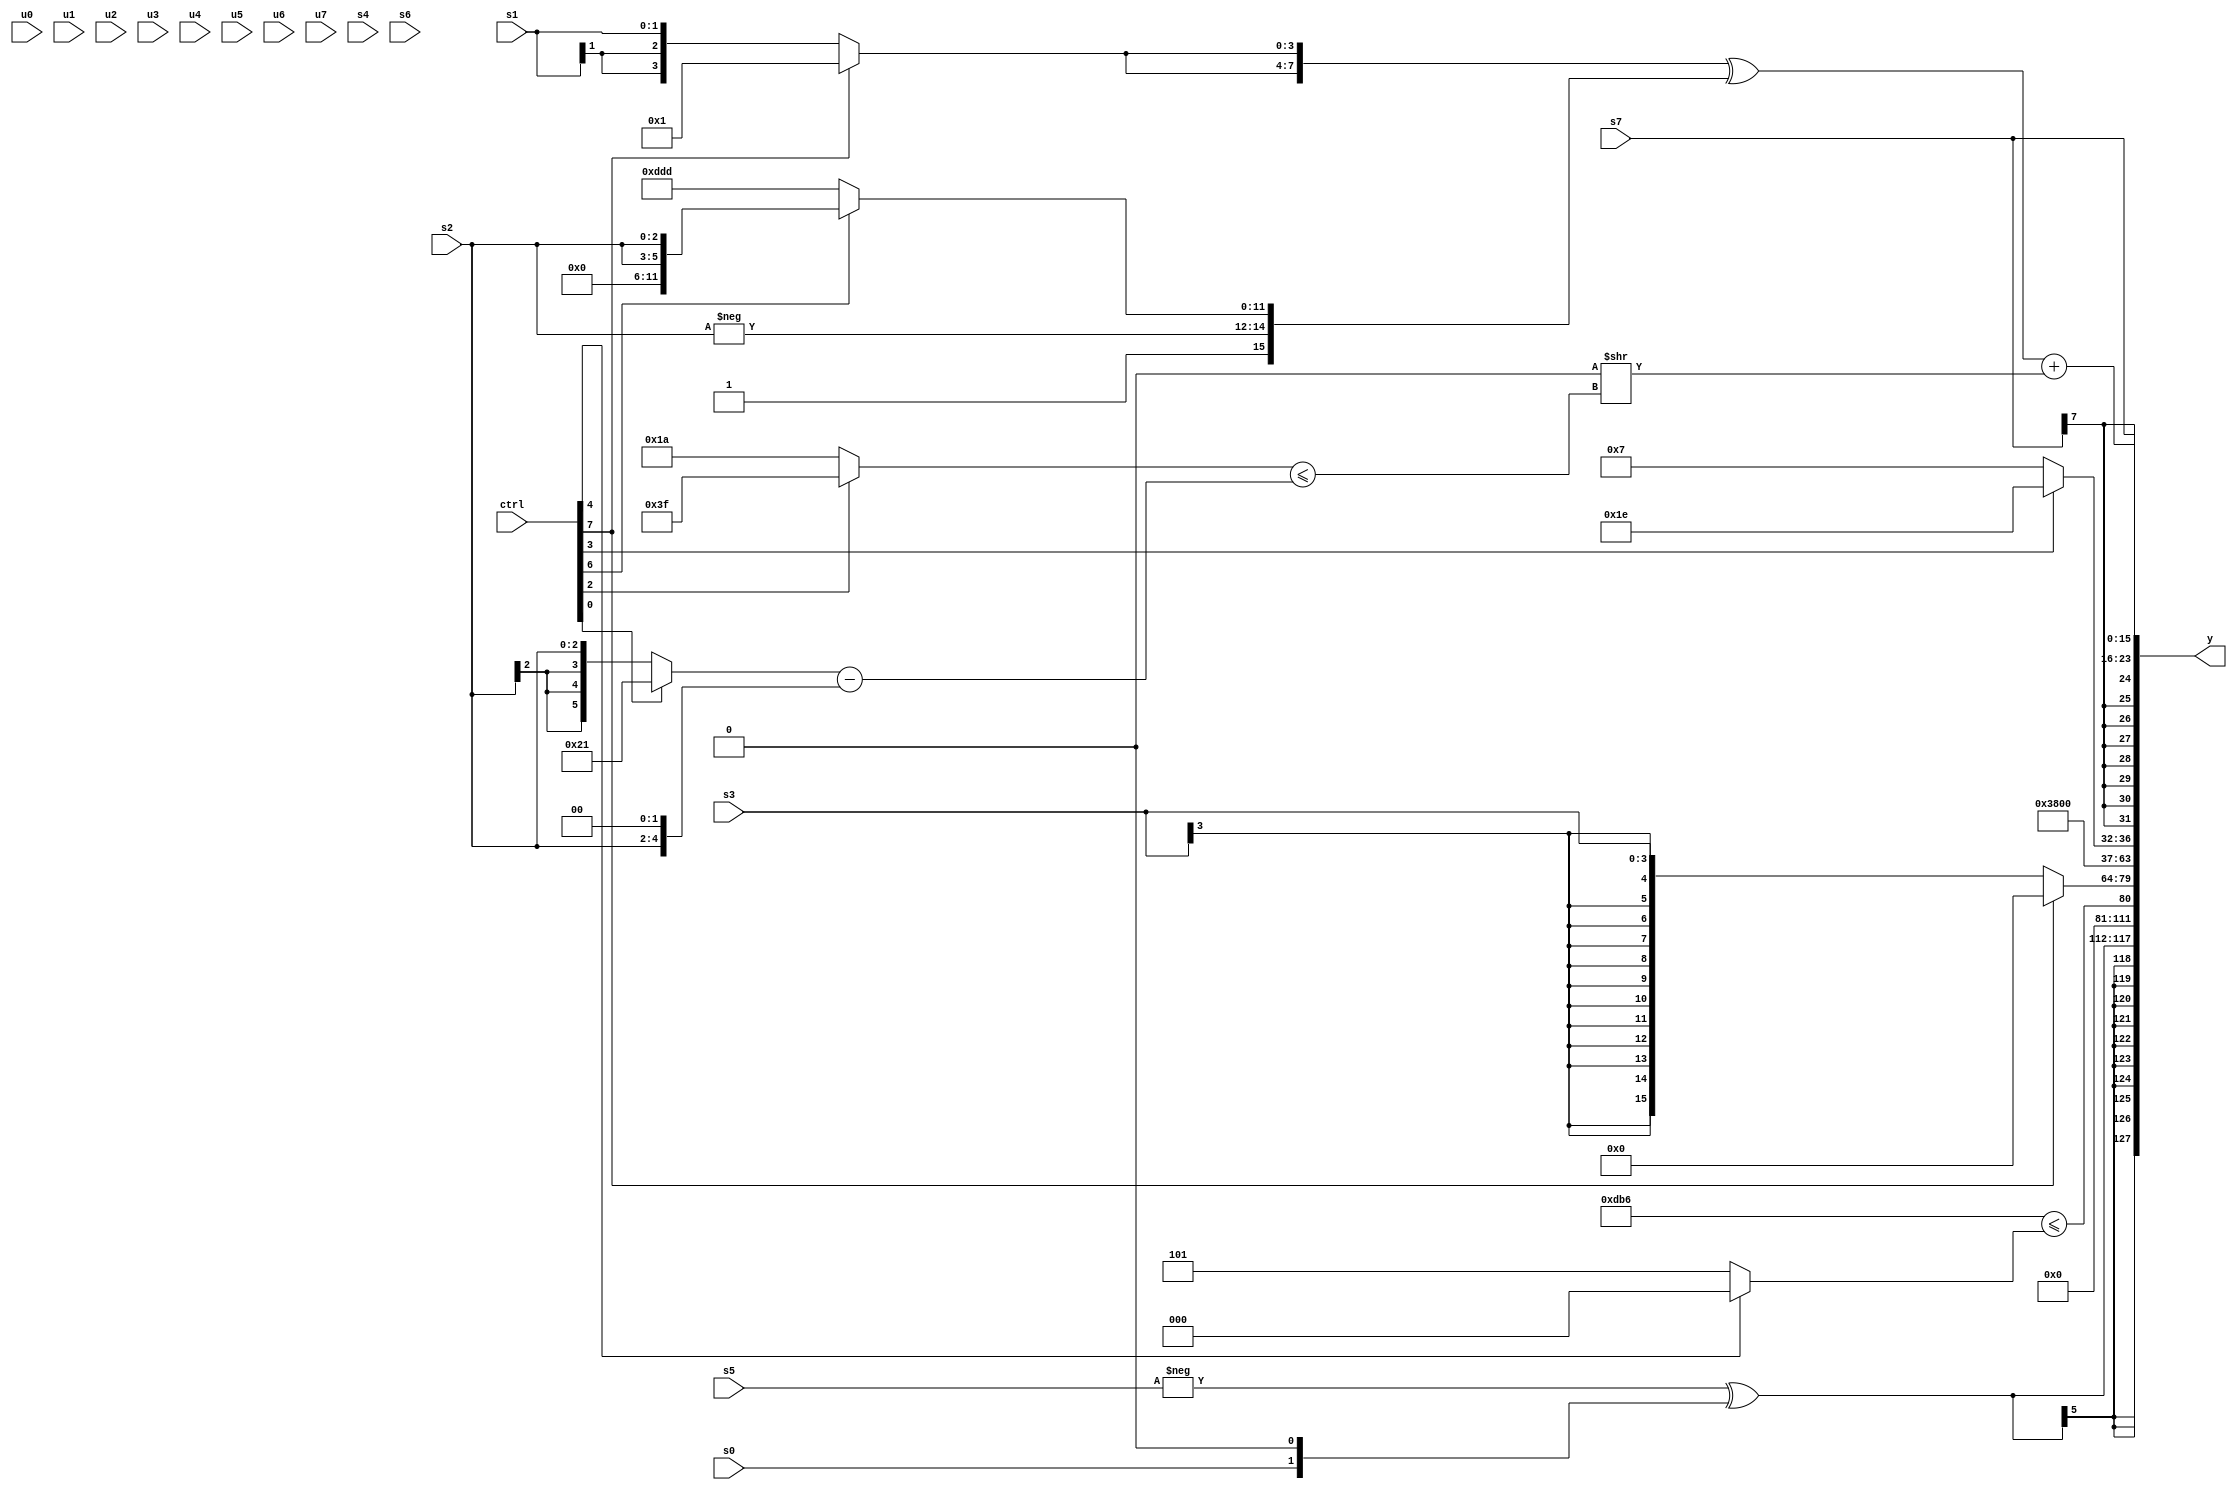
module wideexpr_00280(ctrl, u0, u1, u2, u3, u4, u5, u6, u7, s0, s1, s2, s3, s4, s5, s6, s7, y);
  input [7:0] ctrl;
  input [0:0] u0;
  input [1:0] u1;
  input [2:0] u2;
  input [3:0] u3;
  input [4:0] u4;
  input [5:0] u5;
  input [6:0] u6;
  input [7:0] u7;
  input signed [0:0] s0;
  input signed [1:0] s1;
  input signed [2:0] s2;
  input signed [3:0] s3;
  input signed [4:0] s4;
  input signed [5:0] s5;
  input signed [6:0] s6;
  input signed [7:0] s7;
  output [127:0] y;
  wire [15:0] y0;
  wire [15:0] y1;
  wire [15:0] y2;
  wire [15:0] y3;
  wire [15:0] y4;
  wire [15:0] y5;
  wire [15:0] y6;
  wire [15:0] y7;
  assign y = {y0,y1,y2,y3,y4,y5,y6,y7};
  assign y0 = $signed(+((-(s5))^((s0)<<<(2'sb01))));
  assign y1 = 1'sb0;
  assign y2 = ({4{+(3'sb110)}})<=((ctrl[4]?1'sb0:5'sb00101));
  assign y3 = (ctrl[7]?(3'sb110)+(3'sb010):s3);
  assign y4 = 4'sb0111;
  assign y5 = +($signed((ctrl[3]?$signed(6'sb011110):$signed((3'sb001)^(4'sb0110)))));
  assign y6 = s7;
  assign y7 = {(2'sb10)>>>(s4),((2'sb11)&($signed($signed(6'b011010))))>>>(2'b10),(({2{+($unsigned((ctrl[7]?4'sb0001:s1)))}})^({$unsigned(((ctrl[6]?5'b01010:2'b01))>>($signed(3'sb100))),-($signed((2'sb01)&(6'sb101111))),$signed(-(s2)),+((ctrl[6]?{2{s2}}:{3{4'sb1101}}))}))+((~|(1'sb1))>>($signed(((ctrl[2]?2'sb11:$signed(6'sb011010)))<=(((ctrl[0]?6'sb100001:s2))-((s2)<<<(3'sb010))))))};
endmodule